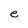
Character: e